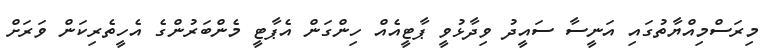
މިރަސްމިއްޔާތުގައި އަނީސާ ސައީދު ވިދާޅުވީ ޕާޓީއެއް ހިންގަން އެޕާޓީ މެންބަރުންގެ އެހީތެރިކަން ވަރަށް